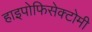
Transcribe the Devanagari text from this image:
हाइपोफिसेक्टोमी